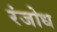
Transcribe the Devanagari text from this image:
रंजोध